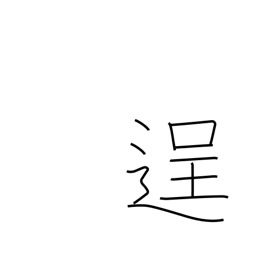
Meaning: bold